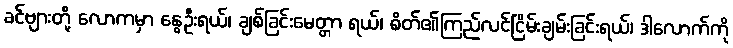
ခင်ဗျားတို့ လောကမှာ နွေဦးရယ်၊ ချစ်ခြင်းမေတ္တာ ရယ်၊ စိတ်၏ကြည်လင်ငြိမ်းချမ်းခြင်းရယ်၊ ဒါလောက်ကို